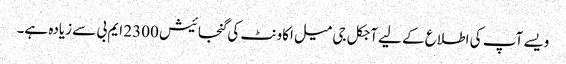
ویسے آپ کی اطلاع کے لیے آجکل جی میل اکاونٹ کی گنجائیش 2300 ایم بی سے زیادہ ہے۔